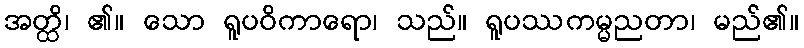
အတ္ထိ၊ ၏။ သော ရူပဝိကာရော၊ သည်။ ရူပဿကမ္မညတာ၊ မည်၏။